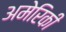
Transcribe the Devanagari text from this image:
अमेेरिकी